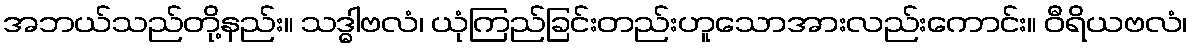
အဘယ်သည်တို့နည်း။ သဒ္ဓါဗလံ၊ ယုံကြည်ခြင်းတည်းဟူသောအားလည်းကောင်း။ ဝီရိယဗလံ၊